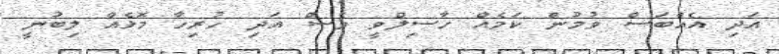
އަދި އެއްބަސް ވުމުން ކަމެއް ހާސިލްވީ ވެސް އަދި ހުރިހާ މޮޅެއް ލިބުނީ